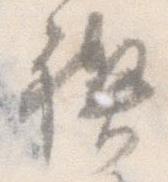
禊